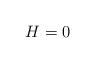
LaTeX: \begin{align*}H=0\end{align*}